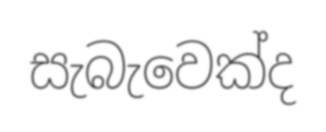
සැබැවෙක්ද